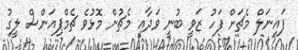
ފައިނަލް މެޗަށް ފަހު ޒަވީ ބުނީ ވަދާއީ މެޗުން މޮޅުވެ ޗެމްޕިއަންސް ލީގު